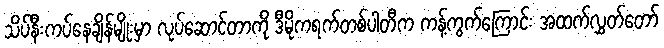
သိပ်နီးကပ်နေချိန်မျိုးမှာ လုပ်ဆောင်တာကို ဒီမိုကရက်တစ်ပါတီက ကန့်ကွက်ကြောင်း အထက်လွှတ်တော်